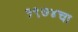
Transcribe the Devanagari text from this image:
१९७४चा